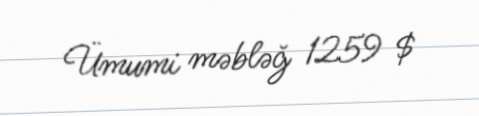
Ümumi məbləğ 1259 $